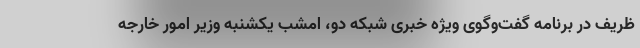
ظریف در برنامه گفت‌وگوی ویژه خبری شبکه دو، امشب یکشنبه وزیر امور خارجه